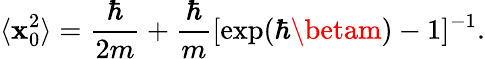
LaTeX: \langle\mathbf{x}_{0}^{2}\rangle={\frac{{\hbar}}{{2m}}}+{\frac{{\hbar}}{{m}}}[\exp(\hbar\betam)-1]^{-1}.